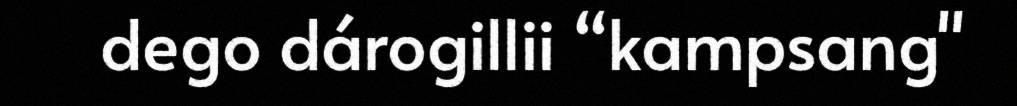
dego dárogillii “kampsang"